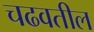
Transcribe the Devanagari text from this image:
चढवतील